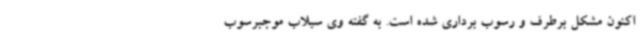
اکنون مشکل برطرف و رسوب برداری شده است. به گفته وی سیلاب موجبرسوب